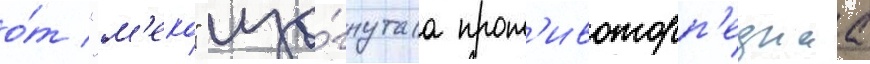
о́т "м'еко" изо́гнутаа прот'ивоторп'еднаа